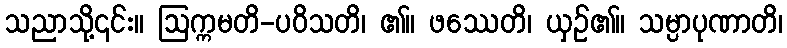
သညာသို့၎င်း။ ဩက္ကမတိ-ပဝိသတိ၊ ၏။ ဖဿေတိ၊ ယှဉ်၏။ သမ္ပာပုဏာတိ၊